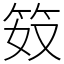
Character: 笯